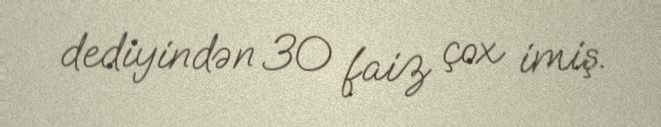
dediyindən 30 faiz çox imiş.